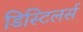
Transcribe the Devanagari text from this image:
डिस्टिलर्स